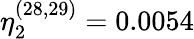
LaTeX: \eta_{2}^{(28,29)}=0.0054